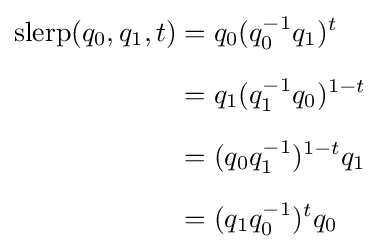
{\begin{aligned}\operatorname {slerp} (q_{0},q_{1},t)&=q_{0}(q_{0}^{-1}q_{1})^{t}\\[6pt]&=q_{1}(q_{1}^{-1}q_{0})^{1-t}\\[6pt]&=(q_{0}q_{1}^{-1})^{1-t}q_{1}\\[6pt]&=(q_{1}q_{0}^{-1})^{t}q_{0}\end{aligned}}